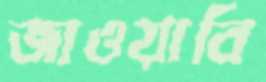
জাওয়াবি